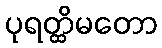
ပုရတ္ထိမတော